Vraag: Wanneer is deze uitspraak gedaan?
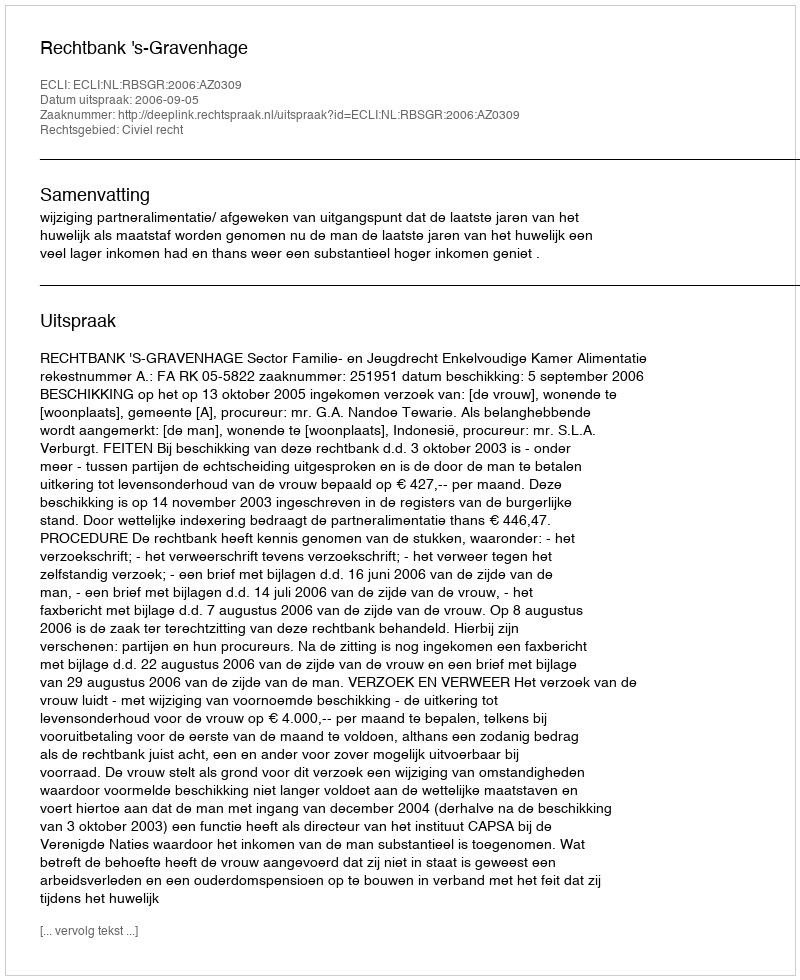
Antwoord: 2006-09-05